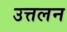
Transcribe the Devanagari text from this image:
उत्तलन